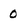
Character: 0